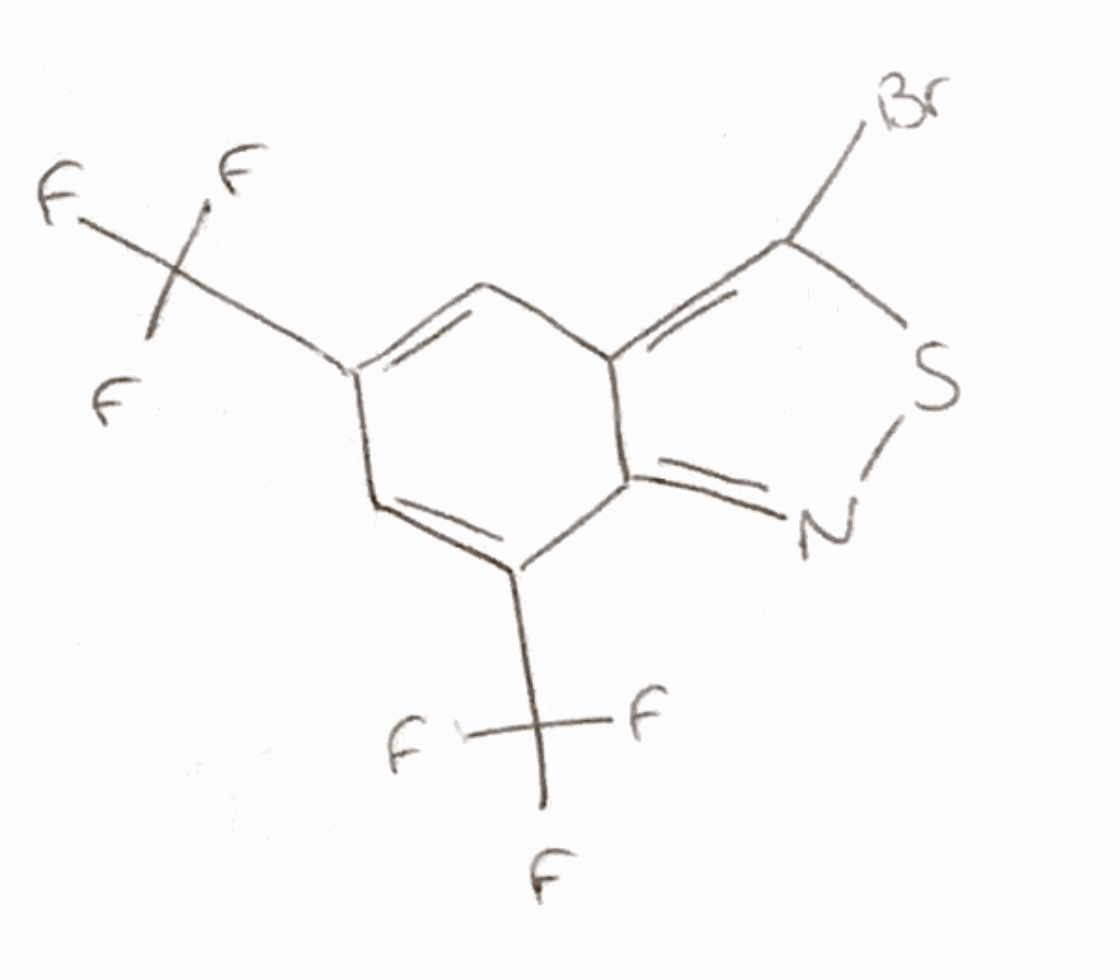
Simplified molecular-input line-entry system (SMILES) notation of the given molecule:
C1=C(C=C(C2=NSC(=C21)Br)C(F)(F)F)C(F)(F)F